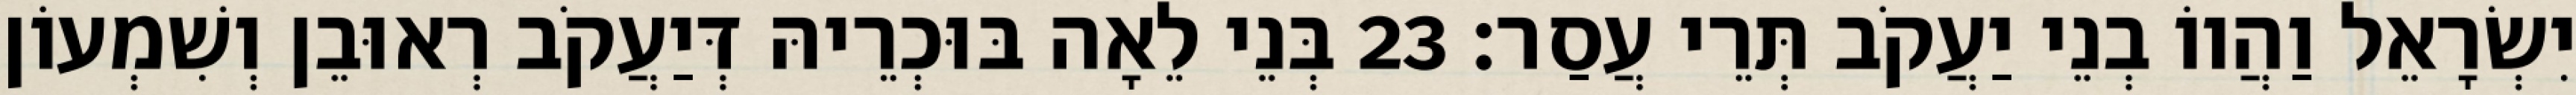
יִשְׂרָאֵל וַהֲווֹ בְנֵי יַעֲקֹב תְּרֵי עֲסַר׃ 23 בְּנֵי לֵאָה בּוּכְרֵיהּ דְּיַעֲקֹב רְאוּבֵן וְשִׁמְעוֹן